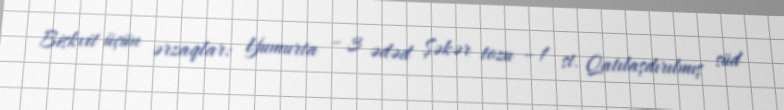
Biskvit üçün ərzaqlar: Yumurta – 3 ədəd Şəkər tozu – 1 st. Qatılaşdırılmış süd